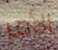
الأمر